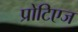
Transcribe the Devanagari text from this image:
प्रोटिएज